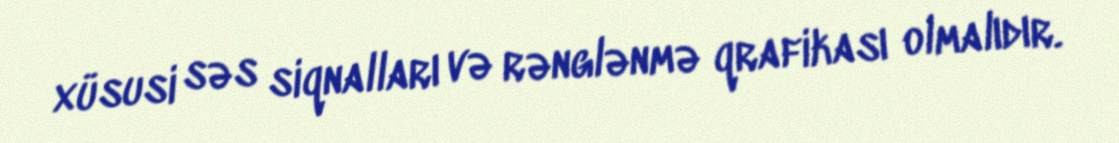
xüsusi səs siqnalları və rənglənmə qrafikası olmalıdır.